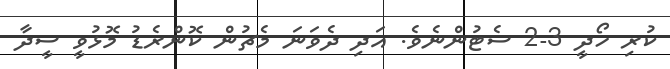
ކުރި ހޯދީ 3-2 ސެޓުންނެވެ. އަދި ދެވަނަ މެޗުން ކޮންރެޑު މޮޅުވީ ސީދާ